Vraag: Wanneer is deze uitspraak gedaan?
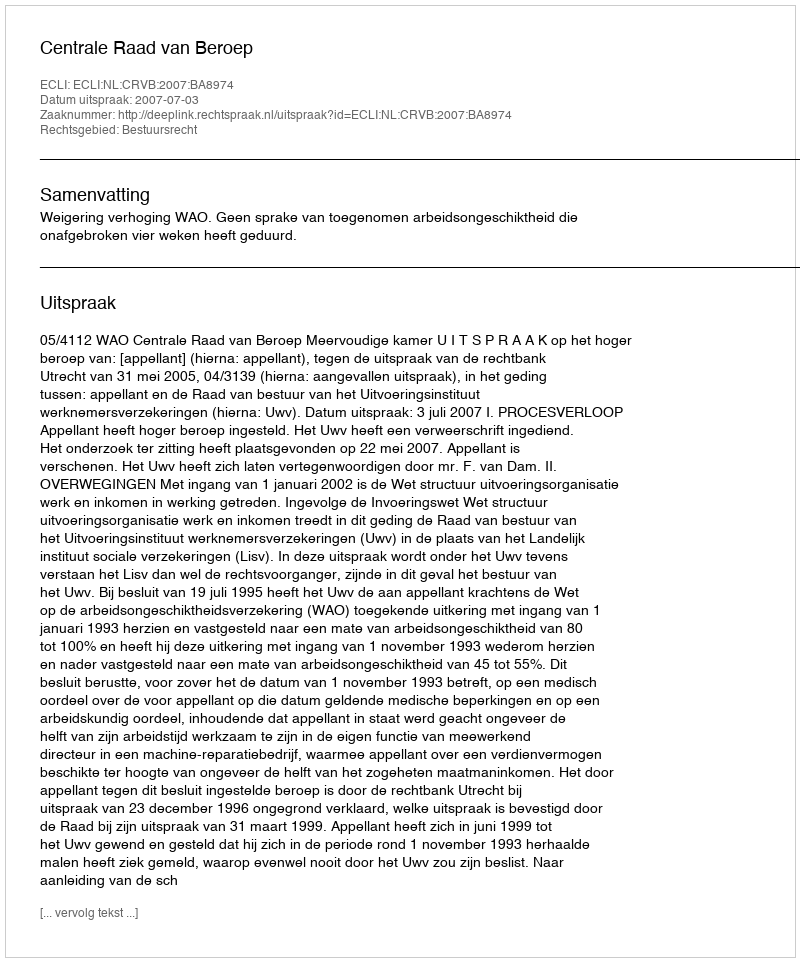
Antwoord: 2007-07-03